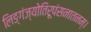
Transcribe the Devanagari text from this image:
लिङ्गंज्योतिरूपंसनातनम्।